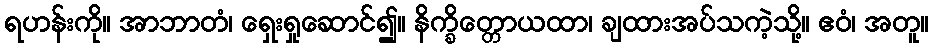
ရဟန်းကို။ အာဘာတံ၊ ရှေးရှုဆောင်၍။ နိက္ခိတ္တောယထာ၊ ချထားအပ်သကဲ့သို့။ ဧဝံ၊ အတူ။